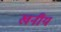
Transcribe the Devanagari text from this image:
खनीय